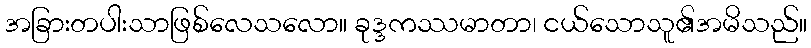
အခြားတပါးသာဖြစ်လေသလော။ ခုဒ္ဒကဿမာတာ၊ ငယ်သောသူ၏အမိသည်။